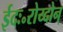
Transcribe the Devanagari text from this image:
ईदः॰रोय्दोन्